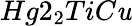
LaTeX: Hg2_{2}TiC\mathit{u}